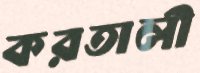
করতালী